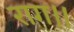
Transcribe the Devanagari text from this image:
राग।।